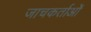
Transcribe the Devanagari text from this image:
जाचकर्ताओं